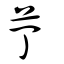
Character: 艼